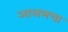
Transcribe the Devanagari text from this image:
आलमचा